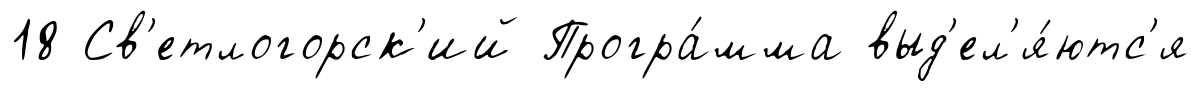
18 Св'етлогорск'ий Програ́мма выд'ел'я́ютс'я